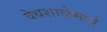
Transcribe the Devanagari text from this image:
वेधशाळेमध्ये